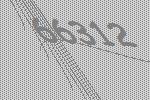
66312